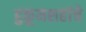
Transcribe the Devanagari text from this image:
हुकूमशहांचे